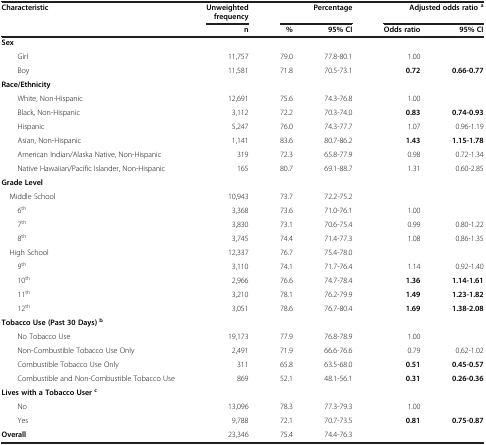
<table><thead><tr><td><b>Characteristic</b></td><td><b>Unweighted frequency</b></td><td colspan="2"><b>Percentage</b></td><td colspan="2"><b>Adjusted odds ratio <sup>a</sup></b></td></tr><tr><td><b> </b></td><td><b>n</b></td><td><b>%</b></td><td><b>95% CI</b></td><td><b>Odds ratio</b></td><td><b>95% CI</b></td></tr></thead><tbody><tr><td><b>Sex</b></td><td> </td><td> </td><td> </td><td> </td><td> </td></tr><tr><td>Girl</td><td>11,757</td><td>79.0</td><td>77.8-80.1</td><td>1.00</td><td> </td></tr><tr><td>Boy</td><td>11,581</td><td>71.8</td><td>70.5-73.1</td><td><b>0.72</b></td><td><b>0.66-0.77</b></td></tr><tr><td><b>Race/Ethnicity</b></td><td> </td><td> </td><td> </td><td> </td><td> </td></tr><tr><td>White, Non-Hispanic</td><td>12,691</td><td>75.6</td><td>74.3-76.8</td><td>1.00</td><td> </td></tr><tr><td>Black, Non-Hispanic</td><td>3,112</td><td>72.2</td><td>70.3-74.0</td><td><b>0.83</b></td><td><b>0.74-0.93</b></td></tr><tr><td>Hispanic</td><td>5,247</td><td>76.0</td><td>74.3-77.7</td><td>1.07</td><td>0.96-1.19</td></tr><tr><td>Asian, Non-Hispanic</td><td>1,141</td><td>83.6</td><td>80.7-86.2</td><td><b>1.43</b></td><td><b>1.15-1.78</b></td></tr><tr><td>American Indian/Alaska Native, Non-Hispanic</td><td>319</td><td>72.3</td><td>65.8-77.9</td><td>0.98</td><td>0.72-1.34</td></tr><tr><td>Native Hawaiian/Pacific Islander, Non-Hispanic</td><td>165</td><td>80.7</td><td>69.1-88.7</td><td>1.31</td><td>0.60-2.85</td></tr><tr><td><b>Grade Level</b></td><td> </td><td> </td><td> </td><td> </td><td> </td></tr><tr><td> Middle School</td><td>10,943</td><td>73.7</td><td>72.2-75.2</td><td> </td><td> </td></tr><tr><td>6<sup>th</sup></td><td>3,368</td><td>73.6</td><td>71.0-76.1</td><td>1.00</td><td> </td></tr><tr><td>7<sup>th</sup></td><td>3,830</td><td>73.1</td><td>70.6-75.4</td><td>0.99</td><td>0.80-1.22</td></tr><tr><td>8<sup>th</sup></td><td>3,745</td><td>74.4</td><td>71.4-77.3</td><td>1.08</td><td>0.86-1.35</td></tr><tr><td> High School</td><td>12,337</td><td>76.7</td><td>75.4-78.0</td><td> </td><td> </td></tr><tr><td>9<sup>th</sup></td><td>3,110</td><td>74.1</td><td>71.7-76.4</td><td>1.14</td><td>0.92-1.40</td></tr><tr><td>10<sup>th</sup></td><td>2,966</td><td>76.6</td><td>74.7-78.4</td><td><b>1.36</b></td><td><b>1.14-1.61</b></td></tr><tr><td>11<sup>th</sup></td><td>3,210</td><td>78.1</td><td>76.2-79.9</td><td><b>1.49</b></td><td><b>1.23-1.82</b></td></tr><tr><td>12<sup>th</sup></td><td>3,051</td><td>78.6</td><td>76.7-80.4</td><td><b>1.69</b></td><td><b>1.38-2.08</b></td></tr><tr><td><b>Tobacco Use (Past 30 Days) </b><sup><b>b</b></sup></td><td> </td><td> </td><td> </td><td> </td><td> </td></tr><tr><td>No Tobacco Use</td><td>19,173</td><td>77.9</td><td>76.8-78.9</td><td>1.00</td><td> </td></tr><tr><td>Non-Combustible Tobacco Use Only</td><td>2,491</td><td>71.9</td><td>66.6-76.6</td><td>0.79</td><td>0.62-1.02</td></tr><tr><td>Combustible Tobacco Use Only</td><td>311</td><td>65.8</td><td>63.5-68.0</td><td><b>0.51</b></td><td><b>0.45-0.57</b></td></tr><tr><td>Combustible and Non-Combustible Tobacco Use</td><td>869</td><td>52.1</td><td>48.1-56.1</td><td><b>0.31</b></td><td><b>0.26-0.36</b></td></tr><tr><td><b>Lives with a Tobacco User </b><sup><b>c</b></sup></td><td> </td><td> </td><td> </td><td> </td><td> </td></tr><tr><td>No</td><td>13,096</td><td>78.3</td><td>77.3-79.3</td><td>1.00</td><td> </td></tr><tr><td>Yes</td><td>9,788</td><td>72.1</td><td>70.7-73.5</td><td><b>0.81</b></td><td><b>0.75-0.87</b></td></tr><tr><td><b>Overall</b></td><td>23,346</td><td>75.4</td><td>74.4-76.3</td><td> </td><td> </td></tr></tbody></table>